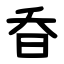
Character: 昋